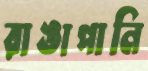
রাঙাপানি